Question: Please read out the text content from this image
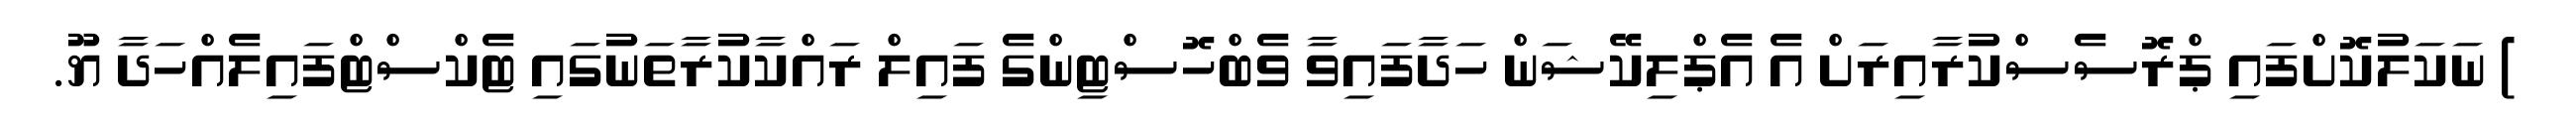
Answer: ) ނަކަލުކޮށްފައި ޕްރޮސެސްކުރާއިރަށް އެ އެޕްލިކޭޝަން ހަދާފައިވާ ވެބްހޮސްޓިންގެ ފައިލް ރައްކާކުރާތަނުގައި ޓެކްސްޓްފައިލެއްހަދާ ޔޫ.